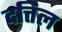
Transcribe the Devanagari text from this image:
दत्तिल